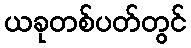
ယခုတစ်ပတ်တွင်